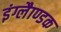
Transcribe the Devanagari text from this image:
इंग्लैाण्डक